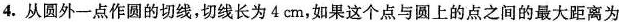
4.从圆外一点做圆的切线，切线长为4cm,如果这个点与原上的点之间的最大距离为